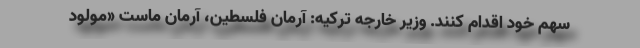
سهم خود اقدام کنند. وزیر خارجه ترکیه: آرمان فلسطین، آرمان ماست «مولود